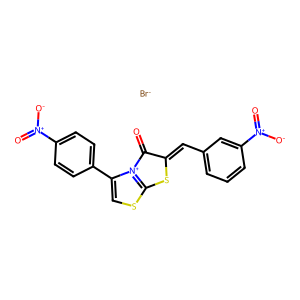
SMILES: O=C1C(=Cc2cccc([N+](=O)[O-])c2)Sc2scc(-c3ccc([N+](=O)[O-])cc3)[n+]21.[Br-]
Inhibits HIV replication: No